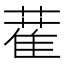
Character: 𦼉